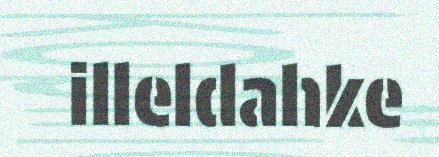
illeldahke